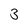
Character: 3